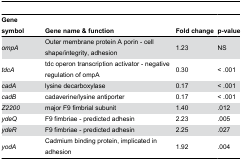
<table><thead><tr><td><b>Gene symbol</b></td><td><b>Gene name &amp; function</b></td><td><b>Fold change</b></td><td><b>p-value</b></td></tr></thead><tbody><tr><td><i>ompA</i></td><td>Outer membrane protein A porin - cell shape/integrity, adhesion</td><td>1.23</td><td>NS</td></tr><tr><td><i>tdcA</i></td><td>tdc operon transcription activator - negative regulation of ompA</td><td>0.30</td><td>&lt; .001</td></tr><tr><td><i>cadA</i></td><td>lysine decarboxylase</td><td>0.17</td><td>&lt; .001</td></tr><tr><td><i>cadB</i></td><td>cadaverine/lysine antiporter</td><td>0.17</td><td>&lt; .001</td></tr><tr><td><i>Z2200</i></td><td>major F9 fimbrial subunit</td><td>1.40</td><td>.012</td></tr><tr><td><i>ydeQ</i></td><td>F9 fimbriae - predicted adhesin</td><td>2.23</td><td>.005</td></tr><tr><td><i>ydeR</i></td><td>F9 fimbriae - predicted adhesin</td><td>2.25</td><td>.027</td></tr><tr><td><i>yodA</i></td><td>Cadmium binding protein, implicated in adhesion</td><td>1.92</td><td>.004</td></tr></tbody></table>